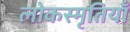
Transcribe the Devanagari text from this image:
लोकस्मृतियाँ